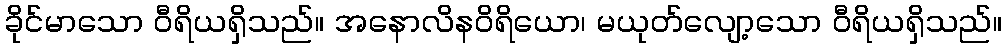
ခိုင်မာသော ဝီရိယရှိသည်။ အနောလိနဝိရိယော၊ မယုတ်လျော့သော ဝီရိယရှိသည်။